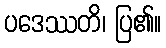
ပဒေဿတိ၊ ပြ၏။